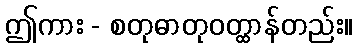
ဤကား - စတုဓာတုဝတ္ထာန်တည်း။